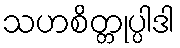
သဟစိတ္တုပ္ပါဒါ